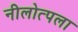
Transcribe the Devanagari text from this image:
नीलोत्पला